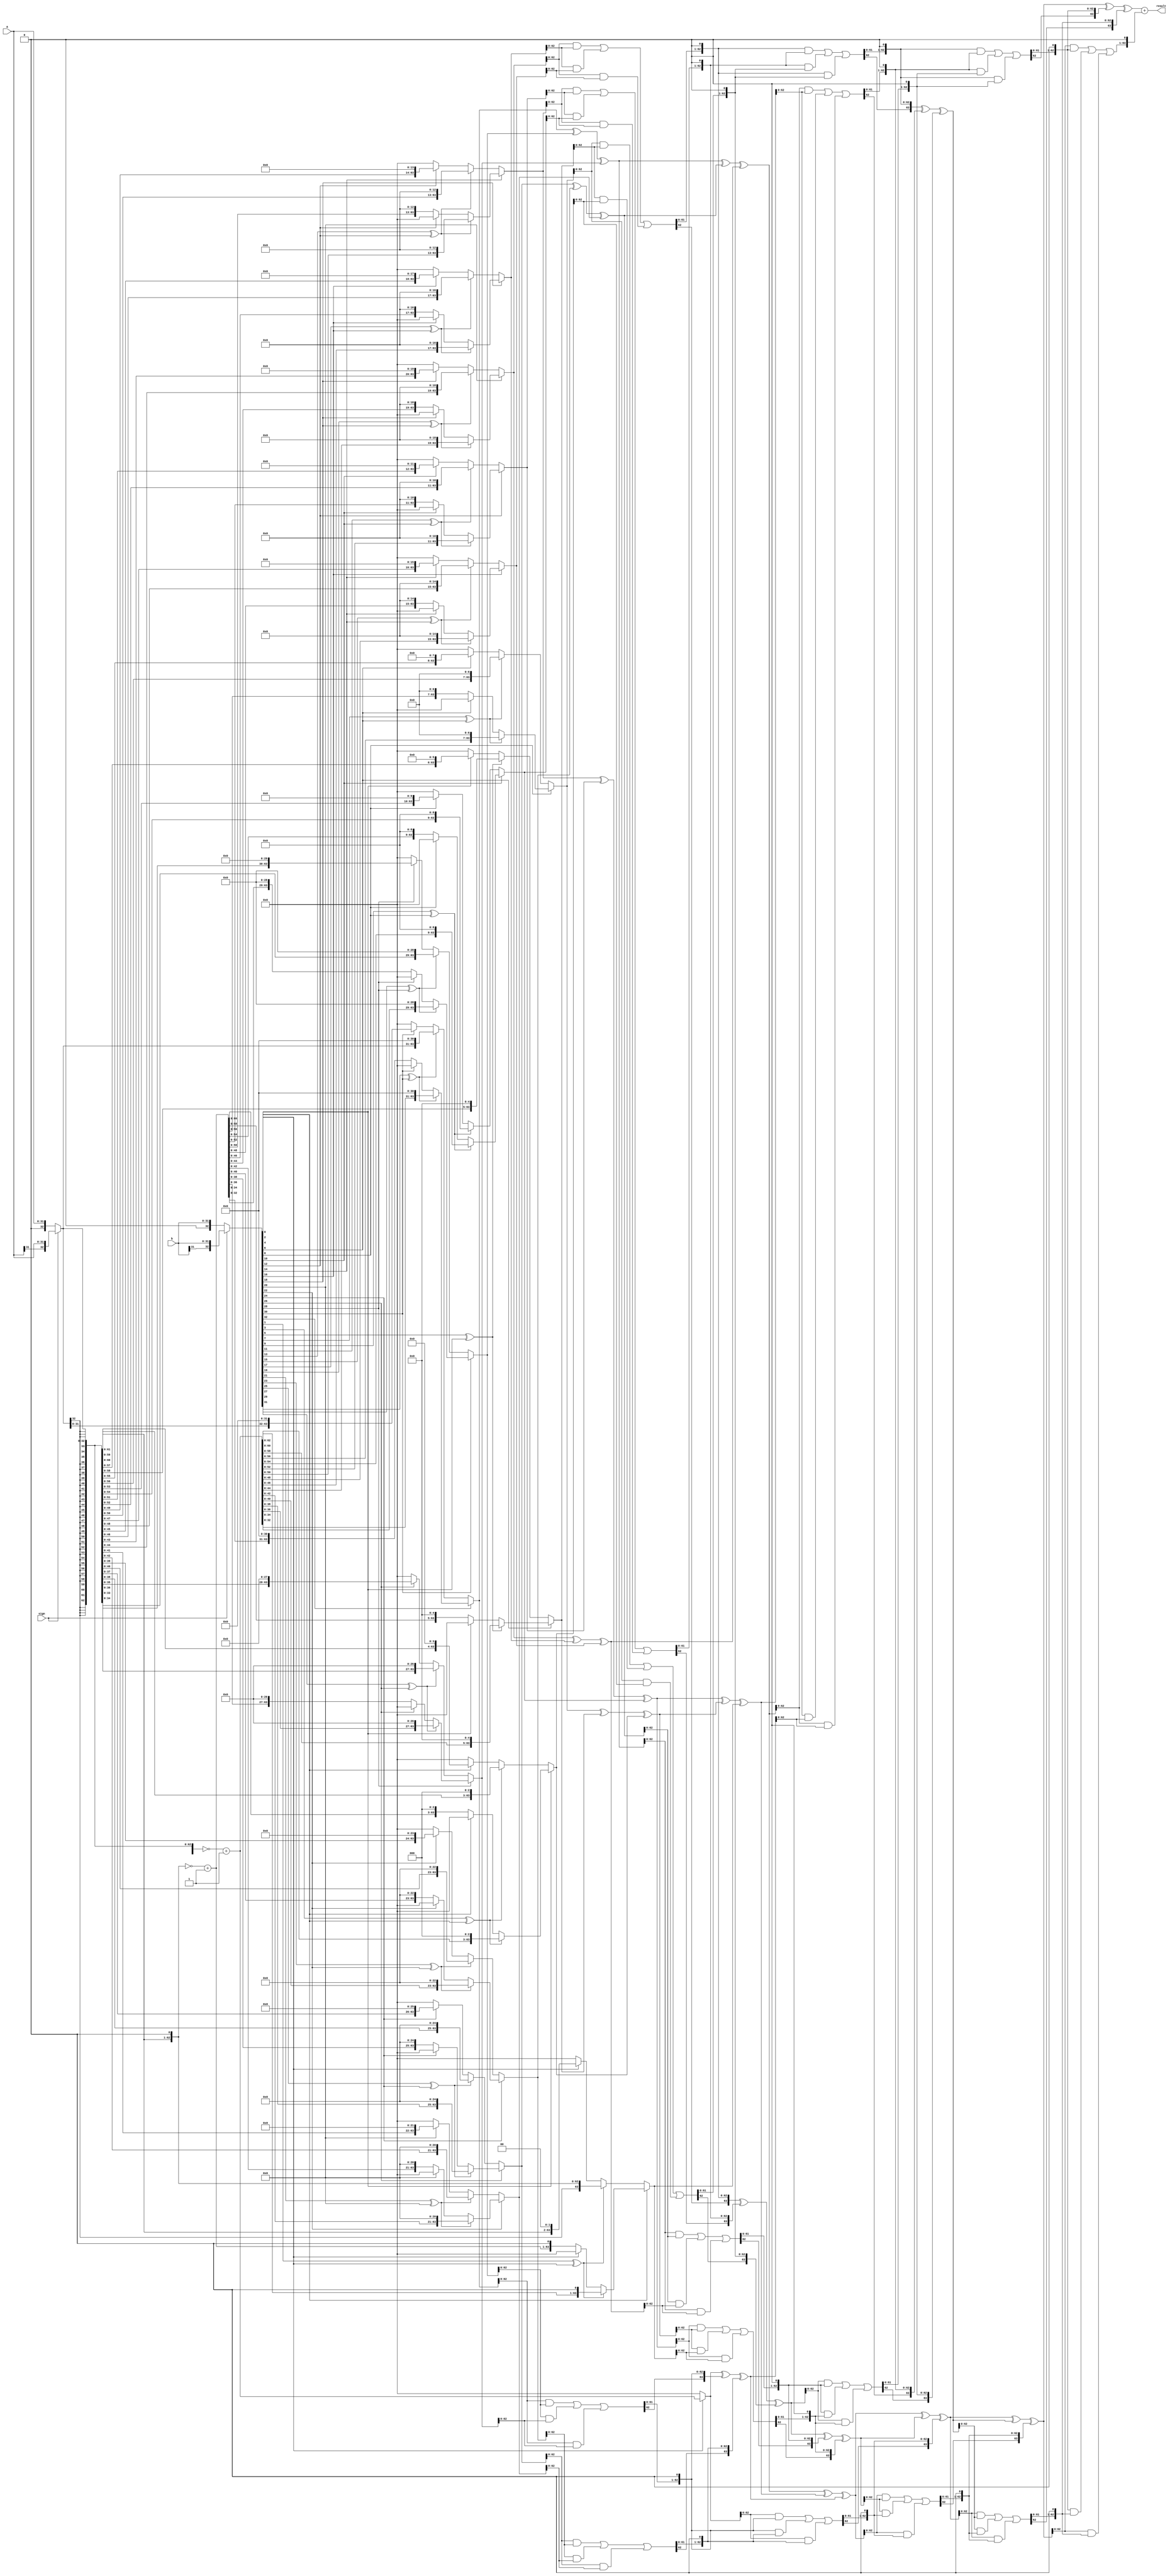
//module:       mul
//description:  booth-2 code multiplier
//version:      1.0

module mul_booth2(
    // input               clk,
    // input               rst,
    input [31:0]        a,
    input [31:0]        b,
    // input               valid,
    input               sign,   //1:signed

    // output reg          ready,
    output [63:0]       result
    );

//booth code
    wire [32:0] a_ex, b_ex;
    assign a_ex = sign ? {a[31],a} : {1'b0,a};
    assign b_ex = sign ? {b[31],b} : {1'b0,b};

    wire [64:0] x, neg_x, xx, neg_xx;
    assign x = {{32{a_ex[32]}},a_ex};
    assign xx = {x[63:0],1'b0};
    assign neg_x = ~x + 1'b1;
    assign neg_xx = ~xx + 1'b1;

//generate partitial production
    wire [64:0] part_prod [0:16];

    assign part_prod[0] = b_ex[0] ? neg_x : 65'b0;

    assign part_prod[1] = b_ex[2] ? ( b_ex[1] ^ b_ex[0] ? {neg_x[63:0],1'b0} : (b_ex[0] ? 65'b0 : {neg_xx[63:0],1'b0})):
                                ( b_ex[1] ^ b_ex[0] ? {x[63:0],1'b0} : (b_ex[0] ? {xx[63:0],1'b0} : 65'b0));
    assign part_prod[2] = b_ex[4] ? ( b_ex[3] ^ b_ex[2] ? {neg_x[61:0],3'b0} : (b_ex[2] ? 65'b0 : {neg_xx[61:0],3'b0})):
                                    ( b_ex[3] ^ b_ex[2] ? {x[61:0],3'b0} : (b_ex[2] ? {xx[61:0],3'b0} : 65'b0));
    assign part_prod[3] = b_ex[6] ? ( b_ex[5] ^ b_ex[4] ? {neg_x[59:0],5'b0} : (b_ex[4] ? 65'b0 : {neg_xx[59:0],5'b0})):
                                    ( b_ex[5] ^ b_ex[4] ? {x[59:0],5'b0} : (b_ex[4] ? {xx[59:0],5'b0} : 65'b0));
    assign part_prod[4] = b_ex[8] ? ( b_ex[7] ^ b_ex[6] ? {neg_x[57:0],7'b0} : (b_ex[6] ? 65'b0 : {neg_xx[57:0],7'b0})):
                                    ( b_ex[7] ^ b_ex[6] ? {x[57:0],7'b0} : (b_ex[6] ? {xx[57:0],7'b0} : 65'b0));
    assign part_prod[5] = b_ex[10] ? ( b_ex[9] ^ b_ex[8] ? {neg_x[55:0],9'b0} : (b_ex[8] ? 65'b0 : {neg_xx[55:0],9'b0})):
                                    ( b_ex[9] ^ b_ex[8] ? {x[55:0],9'b0} : (b_ex[8] ? {xx[55:0],9'b0} : 65'b0));
    assign part_prod[6] = b_ex[12] ? ( b_ex[11] ^ b_ex[10] ? {neg_x[53:0],11'b0} : (b_ex[10] ? 65'b0 : {neg_xx[53:0],11'b0})):
                                    ( b_ex[11] ^ b_ex[10] ? {x[53:0],11'b0} : (b_ex[10] ? {xx[53:0],11'b0} : 65'b0));
    assign part_prod[7] = b_ex[14] ? ( b_ex[13] ^ b_ex[12] ? {neg_x[51:0],13'b0} : (b_ex[12] ? 65'b0 : {neg_xx[51:0],13'b0})):
                                    ( b_ex[13] ^ b_ex[12] ? {x[51:0],13'b0} : (b_ex[12] ? {xx[51:0],13'b0} : 65'b0));
    assign part_prod[8] = b_ex[16] ? ( b_ex[15] ^ b_ex[14] ? {neg_x[49:0],15'b0} : (b_ex[14] ? 65'b0 : {neg_xx[49:0],15'b0})):
                                    ( b_ex[15] ^ b_ex[14] ? {x[49:0],15'b0} : (b_ex[14] ? {xx[49:0],15'b0} : 65'b0));
    assign part_prod[9] = b_ex[18] ? ( b_ex[17] ^ b_ex[16] ? {neg_x[47:0],17'b0} : (b_ex[16] ? 65'b0 : {neg_xx[47:0],17'b0})):
                                    ( b_ex[17] ^ b_ex[16] ? {x[47:0],17'b0} : (b_ex[16] ? {xx[47:0],17'b0} : 65'b0));
    assign part_prod[10] = b_ex[20] ? ( b_ex[19] ^ b_ex[18] ? {neg_x[45:0],19'b0} : (b_ex[18] ? 65'b0 : {neg_xx[45:0],19'b0})):
                                    ( b_ex[19] ^ b_ex[18] ? {x[45:0],19'b0} : (b_ex[18] ? {xx[45:0],19'b0} : 65'b0));
    assign part_prod[11] = b_ex[22] ? ( b_ex[21] ^ b_ex[20] ? {neg_x[43:0],21'b0} : (b_ex[20] ? 65'b0 : {neg_xx[43:0],21'b0})):
                                    ( b_ex[21] ^ b_ex[20] ? {x[43:0],21'b0} : (b_ex[20] ? {xx[43:0],21'b0} : 65'b0));
    assign part_prod[12] = b_ex[24] ? ( b_ex[23] ^ b_ex[22] ? {neg_x[41:0],23'b0} : (b_ex[22] ? 65'b0 : {neg_xx[41:0],23'b0})):
                                    ( b_ex[23] ^ b_ex[22] ? {x[41:0],23'b0} : (b_ex[22] ? {xx[41:0],23'b0} : 65'b0));
    assign part_prod[13] = b_ex[26] ? ( b_ex[25] ^ b_ex[24] ? {neg_x[39:0],25'b0} : (b_ex[24] ? 65'b0 : {neg_xx[39:0],25'b0})):
                                    ( b_ex[25] ^ b_ex[24] ? {x[39:0],25'b0} : (b_ex[24] ? {xx[39:0],25'b0} : 65'b0));
    assign part_prod[14] = b_ex[28] ? ( b_ex[27] ^ b_ex[26] ? {neg_x[37:0],27'b0} : (b_ex[26] ? 65'b0 : {neg_xx[37:0],27'b0})):
                                    ( b_ex[27] ^ b_ex[26] ? {x[37:0],27'b0} : (b_ex[26] ? {xx[37:0],27'b0} : 65'b0));
    assign part_prod[15] = b_ex[30] ? ( b_ex[29] ^ b_ex[28] ? {neg_x[35:0],29'b0} : (b_ex[28] ? 65'b0 : {neg_xx[35:0],29'b0})):
                                    ( b_ex[29] ^ b_ex[28] ? {x[35:0],29'b0} : (b_ex[28] ? {xx[35:0],29'b0} : 65'b0));
    assign part_prod[16] = b_ex[32] ? ( b_ex[31] ^ b_ex[30] ? {neg_x[33:0],31'b0} : (b_ex[30] ? 65'b0 : {neg_xx[33:0],31'b0})):
                                    ( b_ex[31] ^ b_ex[30] ? {x[33:0],31'b0} : (b_ex[30] ? {xx[33:0],31'b0} : 65'b0));

//tree
    // wire [66:0] C1[0:4],S1[0:4];
    // wire [66:0] C2[0:3],S2[0:3];
    // wire [65:0] C3[0:1],S3[0:1];
    // wire [65:0] C4[0:1],S4[0:1];
    // wire [65:0] C5,S5;
    // wire [65:0] C6,S6;
    wire [64:0] C[0:14],C_temp[0:14],S[0:14];
    wire [64:0] result_tmp;
    //layer1
    assign S[0] = part_prod[16] ^ part_prod[15] ^ part_prod[14];
    assign S[1] = part_prod[13] ^ part_prod[12] ^ part_prod[11];
    assign S[2] = part_prod[10] ^ part_prod[9] ^ part_prod[8];
    assign S[3] = part_prod[7] ^ part_prod[6] ^ part_prod[5];
    assign S[4] = part_prod[4] ^ part_prod[3] ^ part_prod[2];
    assign C_temp[0] = (part_prod[16]&part_prod[15]) | (part_prod[15]&part_prod[14]) | (part_prod[16]&part_prod[14]);
    assign C_temp[1] = (part_prod[13]&part_prod[12]) | (part_prod[12]&part_prod[11]) | (part_prod[13]&part_prod[11]);
    assign C_temp[2] = (part_prod[10]&part_prod[9]) | (part_prod[9]&part_prod[8]) | (part_prod[10]&part_prod[8]);
    assign C_temp[3] = (part_prod[7]&part_prod[6]) | (part_prod[6]&part_prod[5]) | (part_prod[7]&part_prod[5]);
    assign C_temp[4] = (part_prod[4]&part_prod[3]) | (part_prod[3]&part_prod[2]) | (part_prod[4]&part_prod[2]);
    assign C[0] = {C_temp[0][63:0],1'b0};
    assign C[1] = {C_temp[1][63:0],1'b0};
    assign C[2] = {C_temp[2][63:0],1'b0};
    assign C[3] = {C_temp[3][63:0],1'b0};
    assign C[4] = {C_temp[4][63:0],1'b0};
    //2
    assign S[5] = S[0] ^ S[1] ^ S[2];
    assign S[6] = S[3] ^ S[4] ^ part_prod[1];
    assign S[7] = part_prod[0] ^ C[0] ^ C[1];
    assign S[8] = C[2] ^ C[3] ^ C[4];
    assign C_temp[5] = (S[0]&S[1]) | (S[1]&S[2]) | (S[0]&S[2]);
    assign C_temp[6] = (S[3]&S[4]) | (S[4]&part_prod[1]) | (S[3]&part_prod[1]);
    assign C_temp[7] = (part_prod[0]&C[0]) | (C[0]&C[1]) | (part_prod[0]&C[1]);
    assign C_temp[8] = (C[2]&C[3]) | (C[3]&C[4]) | (C[2]&C[4]);
    assign C[5] = {C_temp[5][63:0],1'b0};
    assign C[6] = {C_temp[6][63:0],1'b0};
    assign C[7] = {C_temp[7][63:0],1'b0};
    assign C[8] = {C_temp[8][63:0],1'b0};
    //3
    assign S[9] = S[5] ^ S[6] ^ S[7];
    assign S[10] = S[8] ^ C[5] ^ C[6];
    assign C_temp[9] = (S[5]&S[6]) | (S[6]&S[7]) | (S[5]&S[7]);
    assign C_temp[10] = (S[8]&C[5]) | (C[5]&C[6]) | (S[8]&C[6]);
    assign C[9] = {C_temp[9][63:0],1'b0};
    assign C[10] = {C_temp[10][63:0],1'b0};
    //4
    assign S[11] = S[9] ^ S[10] ^ C[7];
    assign S[12] = C[8] ^ C[9] ^ C[10];
    assign C_temp[11] = (S[9]&S[10]) | (S[10]&C[7]) | (S[9]&C[7]);
    assign C_temp[12] = (C[8]&C[9]) | (C[9]&C[10]) | (C[8]&C[10]);
    assign C[11] = {C_temp[11][63:0],1'b0};
    assign C[12] = {C_temp[12][63:0],1'b0};
    //5
    assign S[13] = S[11] ^ S[12] ^ C[11];
    assign C_temp[13] = (S[11]&S[12]) | (S[12]&C[11]) | (S[11]&C[11]);
    assign C[13] = {C_temp[13][63:0],1'b0};
    //6
    assign S[14] = S[13] ^ C[12] ^ C[13];
    assign C_temp[14] = (S[13]&C[12]) | (C[12]&C[13]) | (S[13]&C[13]);
    assign C[14] = {C_temp[14][63:0],1'b0};
    //top
    assign result_tmp = S[14] + C[14];
    assign result = result_tmp[63:0];
endmodule